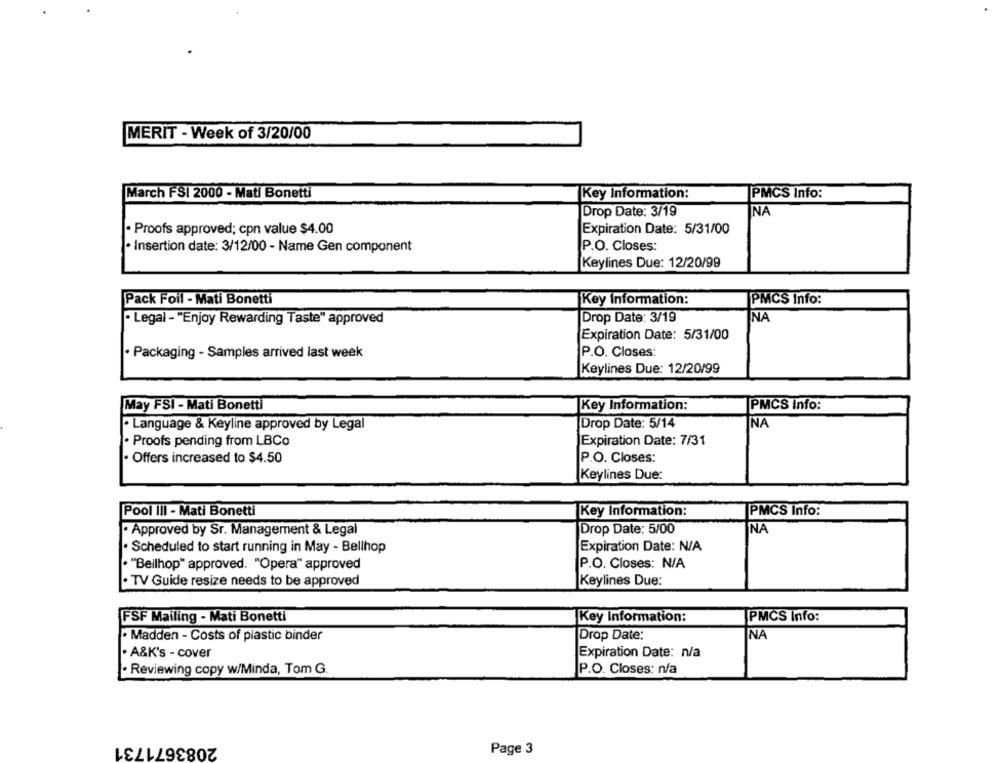
MERIT - Week of 3/20/00
March FSI 2000 - Mati Bonetti
Key Information:
PMCS Info:
Drop Date: 3/19
NA
Expiration Date: 5/31/00
· Proofs approved; cpn value $4.00
· Insertion date: 3/12/00 - Name Gen component
P.O. Closes:
Keylines Due: 12/20/99
Pack Foil - Mati Bonetti
Key Information:
PMCS Info:
· Legal - "Enjoy Rewarding Taste" approved
Drop Date: 3/19
NA
Expiration Date: 5/31/00
· Packaging - Samples arrived last week
P.O. Clases:
Keylines Due: 12/20/99
May FSI - Mati Bonetti
Key Information:
PMCS Info:
· Language & Keyline approved by Legal
Drop Date: 5/14
NA
. Proofs pending from LBCo
Expiration Date: 7/31
· Offers increased to $4.50
P.O. Closes:
Keylines Due:
Pool III - Mati Bonetti
PMCS Info:
Key Information:
· Approved by Sr. Management & Legal
Drop Date: 5/00
NA
· Scheduled to start running in May - Bellhop
Expiration Date: N/A
· "Beilhop" approved. "Opera" approved
P.O. Closes: N/A
· TV Guide resize needs to be approved
Keylines Due:
Key Information:
PMCS Info:
FSF Mailing - Mati Bonetti
· Madden - Costs of plastic binder
Drop Date:
NA
. A&K's - cover
Expiration Date: n/a
. Reviewing copy w/Minda, Tom G.
P.O. Closes: n/a
2083671731
Page 3